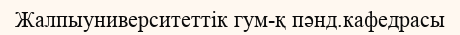
Жалпыуниверситеттік гум-қ пәнд.кафедрасы